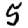
Digit: 5